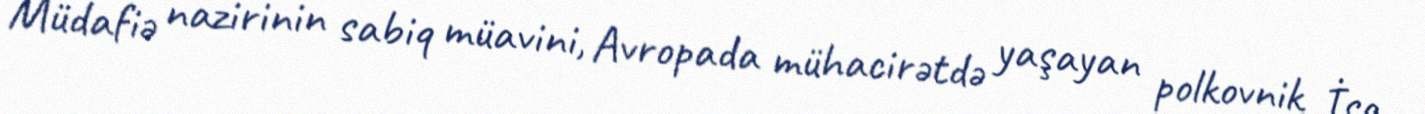
Müdafiə nazirinin sabiq müavini, Avropada mühacirətdə yaşayan polkovnik İsa